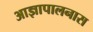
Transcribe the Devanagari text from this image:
आज्ञापालनास